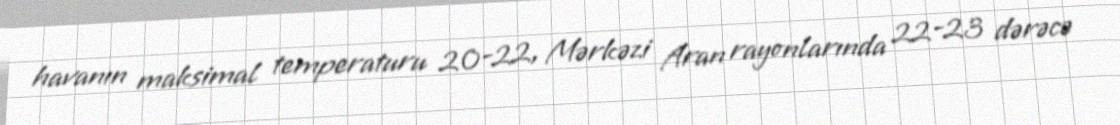
havanın maksimal temperaturu 20-22, Mərkəzi Aran rayonlarında 22-23 dərəcə